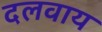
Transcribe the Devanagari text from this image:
दलवाय